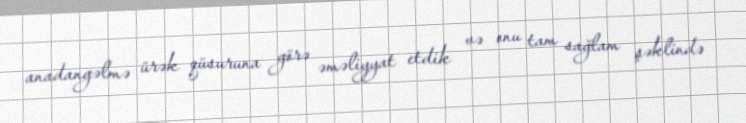
anadangəlmə ürək qüsuruna görə əməliyyat etdik və onu tam sağlam şəklində